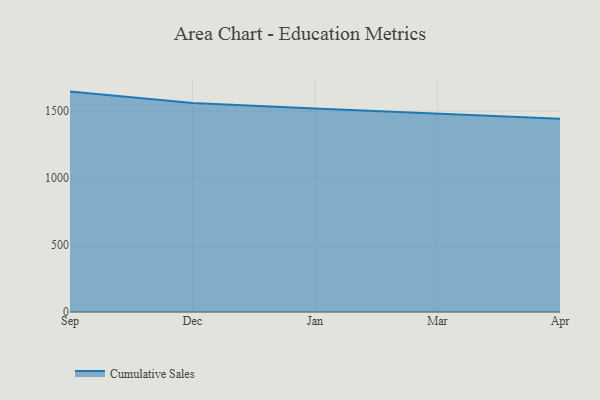
{"axis": {"x": "Month", "y": "Production Output"}, "legend": ["Cumulative Sales"], "data": [{"x": "Sep", "y": 1646.0, "type": "Cumulative Sales"}, {"x": "Dec", "y": 1560.8, "type": "Cumulative Sales"}, {"x": "Jan", "y": 1519.5, "type": "Cumulative Sales"}, {"x": "Mar", "y": 1478.6, "type": "Cumulative Sales"}, {"x": "Apr", "y": 1442.7, "type": "Cumulative Sales"}]}